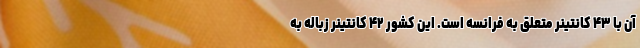
آن با ۴۳ کانتینر متعلق به فرانسه است. این کشور ۴۲ کانتینر زباله به